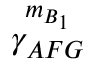
\overset { { { m } _ { B _ { 1 } } } } { \mathop { { { \gamma } _ { A F G } } } }